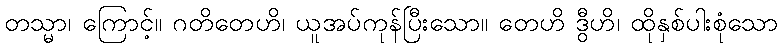
တသ္မာ၊ ကြောင့်။ ဂတိတေဟိ၊ ယူအပ်ကုန်ပြီးသော။ တေဟိ ဒွီဟိ၊ ထိုနှစ်ပါးစုံသော